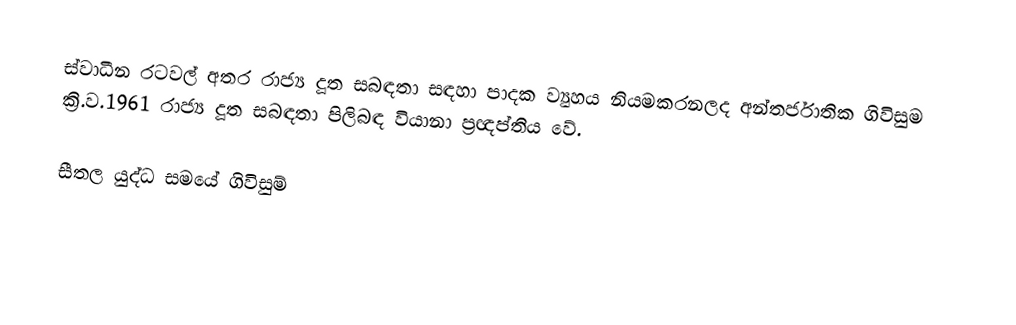
ස්වාධීන රටවල් අතර රාජ්‍ය දූත සබඳතා සඳහා පාදක ව්‍යුහය නියමකරනලද අන්තර්ජාතික ගිවිසුම ක්‍රි.ව.1961 රාජ්‍ය දූත සබඳතා පිලිබඳ වියානා ප්‍රඥප්තිය වේ.

සීතල යුද්ධ සමයේ ගිවිසුම්